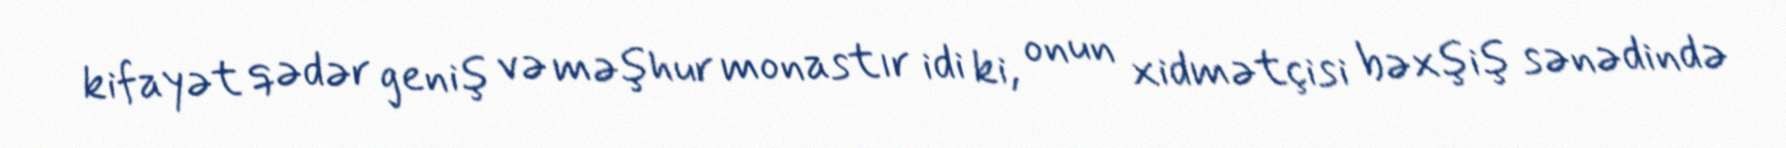
kifayət qədər geniş və məşhur monastır idi ki, onun xidmətçisi bəxşiş sənədində